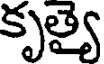
కృత్యై